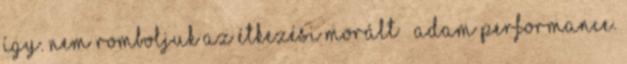
így. Nem romboljuk az étkezési morált – Adam Performance.